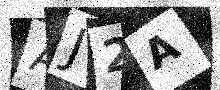
Text: AJ2A